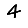
Digit: 4